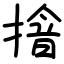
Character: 摿